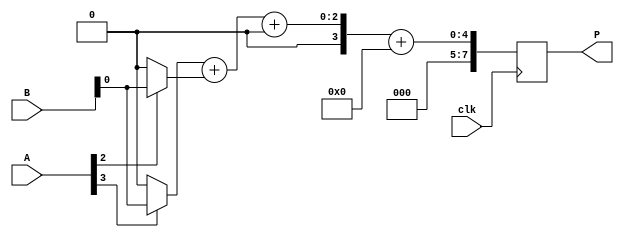
module wallace_tree_multiplier #(
    parameter N = 4  // Number of bits for the operands
) (
    input  wire clk,
    input  wire [N-1:0] A,
    input  wire [N-1:0] B,
    output reg [2*N-1:0] P
);

    // Partial products
    wire [N-1:0] pp [0:N-1]; // pp[i] = A[i] * B
    genvar i, j;
    generate
        for (i = 0; i < N; i = i + 1) begin : partial_product_gen
            assign pp[i] = A[i] ? B : 0; // Generate partial products
        end
    endgenerate

    // Reduction stage
    wire [N-1:0] sum [0:N-1];
    wire [N-1:0] carry [0:N-1];

    // Initial stage: Combine partial products using half adders and full adders
    generate
        for (i = 0; i < N; i = i + 1) begin : reduction_stage
            if (i == 0) begin
                assign sum[i] = pp[i][0]; // First bit
                assign carry[i] = 0; // No carry for the first bit
            end else if (i < N) begin
                // Half adders for the first level
                assign {carry[i], sum[i]} = pp[i][0] + pp[i-1][0] + carry[i-1];
            end
        end
    endgenerate

    // Further reduction stages
    // This example only implements a simple reduction for clarity.
    // For a full Wallace tree, you would need to implement additional levels of reduction.
    wire [N-1:0] final_sum;
    wire [N-1:0] final_carry;

    // Final addition (simple ripple carry adder)
    assign {final_carry, final_sum} = sum[N-1] + carry[N-1];

    // Output register
    always @(posedge clk) begin
        P <= {final_carry, final_sum}; // Final product
    end

endmodule